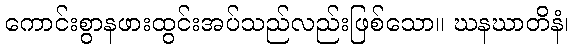
ကောင်းစွာနဖားထွင်းအပ်သည်လည်းဖြစ်သော။ ဃနဃာတိနံ၊